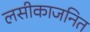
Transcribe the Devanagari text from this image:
लसीकाजनित